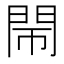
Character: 𨳪